King Institute of Preventive Medicine Micro-Biological Section reports 1909-11
Year: 1909
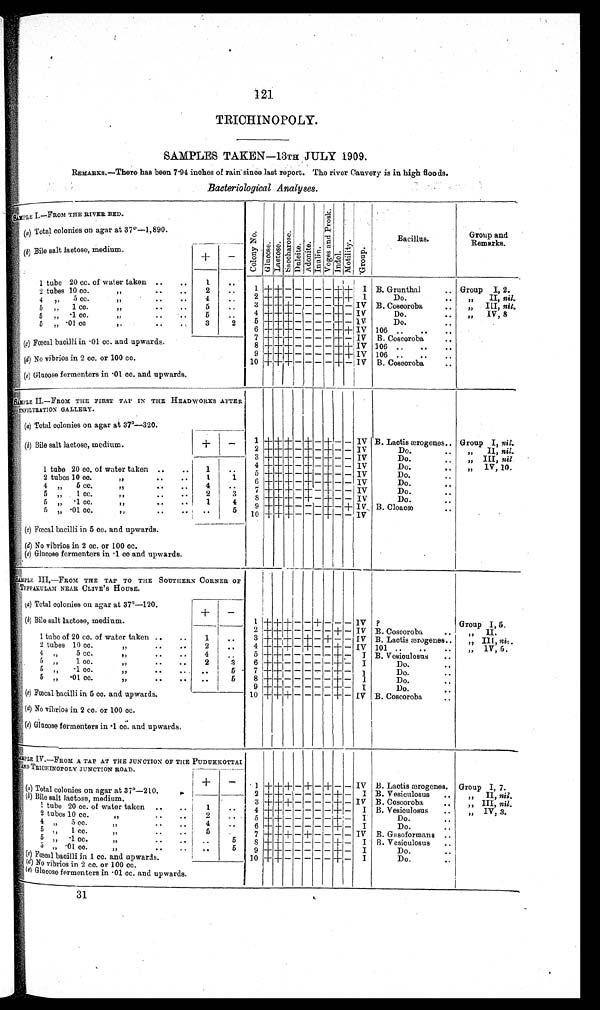
121
TRICHINOPOLY.
SAMPLES TAKEN-13TH JULY 1909.
REMARKS.—There has been 7.94 inches of rain since last report. The river Cauvery is in high floods.
Bacteriological Analyses.
SAMPLE I.—FROM THE RIVER BED.
C o l o n y N o .
G l u c o s e . L a c t o s e .
S a c c h a r o s e .
D u l c i t e . A d o n i t e . I n u l i n . V o g e s a n d P r o s k .
I n d o l .
M o t i l i t y .
G r o u p .
Bacillus.
Group and
Remarks.
(a) Total colonies on agar at 37°—1,890.
(b) Bile salt lactose, medium.
+ —
1 tube 20 cc. of water taken .. .. 1 ..
" . .
. . 2
..
1 + +- - - - - + + I B. Grunthal .. Group I, 2.
10 cc.
2 tubes
4 . . 2 + + - - - - - + + I Do.
. . " II, nil.
" .. ..
5 cc.
4 "
5 .. 3 + + + — — - — + - IV B. Coscoroba . . " III,nil.
"
. .
. .
1 c c .
"
5
5
. . 4 + + + — — - - + - IV
Do.
. . " IV, 8
" .. ..
5 "
. 1 c c .
3
2 5 + +
++ - - - - + - IV. Do.
..
"
.. ..
5 " . 0 1 c c .
6 + ++ - - - - + + I V 106
. .
. .
. .
,,..„
7 + ++ - - - - + - I V B. Coscoroba
. .
(c) Fœcal bacilli in .01 cc. and upwards.
8 + ++ — — - — + + IV 106 .. .. ..
9 + + + — — - — + + IV 106 .. .. _
( d) No vibrios in 2 cc. or 100 cc.
10 + + + — — - — + - IV B. Coscoroba ..
(e) Glucose fermenters in .01 cc. and upwards.
SAMPLE II.—FROM THE FIRST TAP IN THE HEADWORKS AFTER
INFILTRATION GALLERY.
(a) Total colonies on agar at 37°—320.
1 ++ + - + - + - - IV B. Lactis ærogenes.. Group I,
(b) Bile salt lactose, medium.
+ - 2 ++ + - + - + — - IV
Do.
. . " II, nil.
3 + + + — + — + - - IV
Do.
. . " III, nil.
4 ++ + - + — + - - IV
Do.
..
" IV, 10.
1 tube 20 cc. of water taken .. .. 1 . . 5 ++ + - + - + - - IV
Do.
..
2 tubes 10 cc.
" . .
. . 1 1 6 ++ + -
++ - + - - IV
Do.
..
4 " 5 cc.
" . .
. . 4 . . 7 ++ + - + - + - - IV
Do.
. .
5 " 1 cc.
" . .
. . 2 3 8 + ++ + — + — + - - IV
Do.
. .
5 "
. 1 c c .
" .. ..
1 4 9 ++ + — - — + - + IV,
. .
B. Cloac
æ . .
5 "
. 0 1 c c . "
. .
. . . . 5 10 ++ + - - - + - - IV
(c) Fœcal bacilli in 5 cc. and upwards.
( d) No vibrios in 2 cc. or 100 cc.
(e) Glucose fermenters in .1 cc and upwards.
SAMPLE III.—FROM THE TAP TO THE SOUTHERN CORNER OF
TEPPAKULAM NEAR CLIVE'S HOUSE.
(a) Total colonies on agar at 37°—120.
+ —
(b) Bile salt lactose medium.
1 +++ - - + - - - IV ?
Group I , 5.
2 +++ - - - - + - IV B. Coscoroba .. " II.
1 tube of 20 cc.of water taken .. . . 1 . . 3 +++ -
+ — + — - IV B. Lactis ærogenes.. " III, nil.
2 tubes 10 cc.
" . .
. . 2 . . 4 +++ -
+ - - + - IV 101 . . .. .. " 1V, 5.
4 „ 5 cc.
"
.. ..
4 . . 5 ++- - - - - + - I B. Vesiculosus ..
5 " 1 cc.
" . .
. . 2 3 6 + + - - - - - + - I Do.
. .
5 " .1 cc.
" . .
. . .. 5 7 + + - - - - - + - I Do.
. .
5 " .01 cc.
" . .
. . .. 5 8 + + - - - - - + - I Do.
. .
9 + + - - - - - + - I Do.
. .
( c) Fœcal bacilli in 5 cc. and upwards.
10 + + + - - - - + - IV B. Coscoroba
. ..
( d) No vibrios in 2 cc. or 100 cc.
(e ) Glucose fermenters in .1 cc, and upwards.
S A M P L E I V . — F R O M A T A P A T T H E J U N C T I O N O F T H E P U D U K K O T T A I
AND TRICHINOPOLY JUNCTION ROAD.
+
- 1 + + + - + - + - - IV B. Lactis ærogenes. Group I, 7.
(a ) Total colonies on agar at 37°—210.
2 +
+ - - - - - + - I B. Vesiculosus .. " II, nil.
(b ) Bile salt lactose, medium.
3 + ++ — - - - + - IV B. Coscoroba .. " III, nil.
1 tube 20 cc. of water taken .. . . 1 . . 4 + +- - - - - + - I B. Vesiculosus .. " IV, 3.
2 tubes 10 cc.
" . .
. . 2 . . 5 + +- - - - - + - I
Do.
. .
4 " 5 cc.
" . .
. . 4 .. 6 + + - - - - - + - I
Do.
. .
5 " 1 cc.
1
" . .
. . 5 . 7 + ++ - + - - - - IV B. Gasoformans ..
5 "
. 1 c c .
" . .
. . .. 5 8 + + - - - - - + - I B. Vesiculosus ..
5 " .01 cc.
" . .
. . .. 5 9 + + - - - - - + - I
Do.
. .
( c ) Fœcal bacilli in 1 cc. and upwards.
10 + + - - - - - + - I
Do.
..
(d) No vibrios in 2 cc. or 100 cc.
(e) Glucose fermenters in .01 cc. and upwards.
31